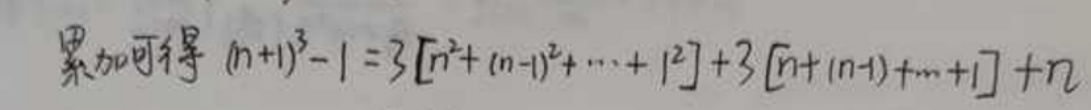
累加可得$ (n + 1)^3-1 = 3\left[n^2+(n - 1)^2+\cdots+1^2\right]+3\left[n+(n - 1)+\cdots+1\right]+n$